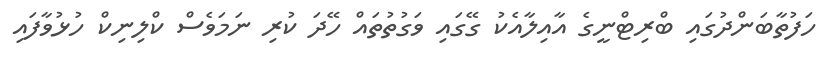
ހަފުތާބަންދުގައި ބްރިޓްނީގެ އާއިލާާއެކު ގޭގައި ވަގުތުތައް ހޭދަ ކުރި ނަމަވެސް ކްލިނިކް ހުޅުވާފައި